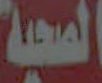
الصحية